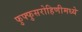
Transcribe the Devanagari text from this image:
फुफ्फुसरोहिणीमध्ये